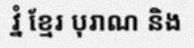
វ្នំ ខ្មែរ បុរាណ និង